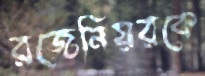
রজেনিয়রকে